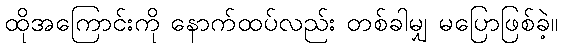
ထိုအကြောင်းကို နောက်ထပ်လည်း တစ်ခါမျှ မပြောဖြစ်ခဲ့။